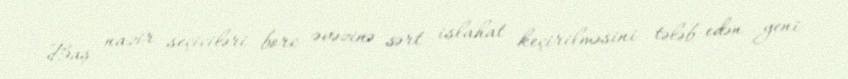
Baş nazir seçiciləri borc əvəzinə sərt islahat keçirilməsini tələb edən yeni